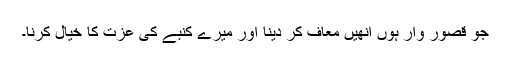
جو قصور وار ہوں انھیں معاف کر دینا اور میرے کنبے کی عزت کا خیال کرنا۔